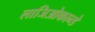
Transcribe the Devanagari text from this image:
लाजिओकान्डे